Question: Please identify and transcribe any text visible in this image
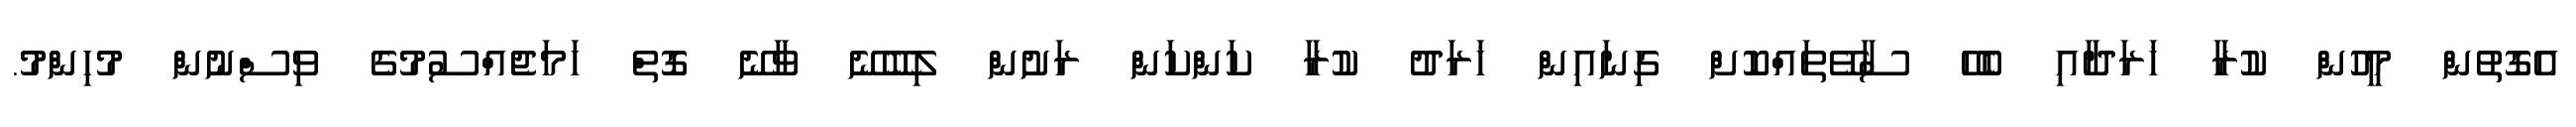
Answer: އެގޮތުން މީހުން ކުރާ ޚަރަދާއި ބެހޭ ސާވޭތައްކޮށް ގިނައިން ޚަރަދު ކުރާ ކަންކަން ރަށުން ލިބޭނޭ ވާނޭ ގޮތް ހަމަޖެއްސުމުގެ ވިސްނުން މުހިންމު.